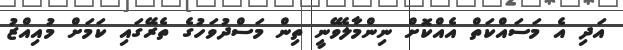
އަދި އެ މަސައްކަތް އެއްކޮށް ނިންމާލެވޭނީ ތިން މަސްދުވަހުގެ ތެރޭގައި ކަމަށް މުއިއްޒު